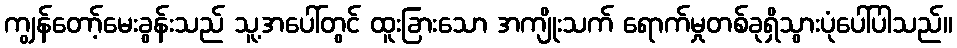
ကျွန်တော့်မေးခွန်းသည် သူ့အပေါ်တွင် ထူးခြားသော အကျိုးသက် ရောက်မှုတစ်ခုရှိသွားပုံပေါ်ပါသည်။